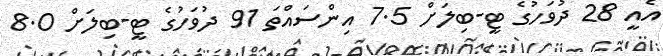
އެއީ 28 ދުވަހުގެ ޓީ-ބިލަށް 7.5 އިންސައްތަ 91 ދުވަހުގެ ޓީ-ބިލަށް 8.0